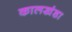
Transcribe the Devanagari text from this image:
कालखंडा